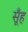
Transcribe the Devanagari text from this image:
सूँह